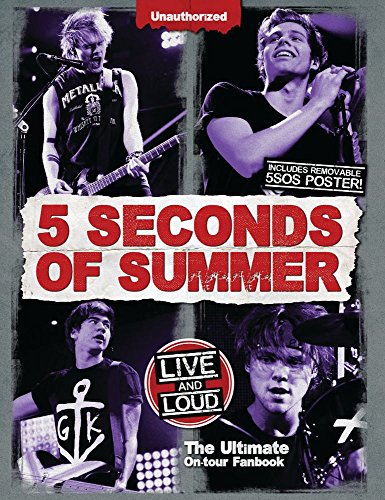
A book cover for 5 Seconds of Summer: Live and Loud: The Ultimate On Tour Fanbook; Malcolm Croft; Children's Books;